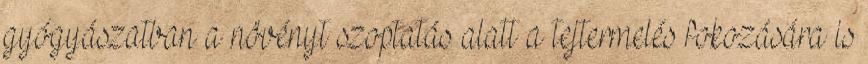
gyógyászatban a növényt szoptatás alatt a tejtermelés fokozására is